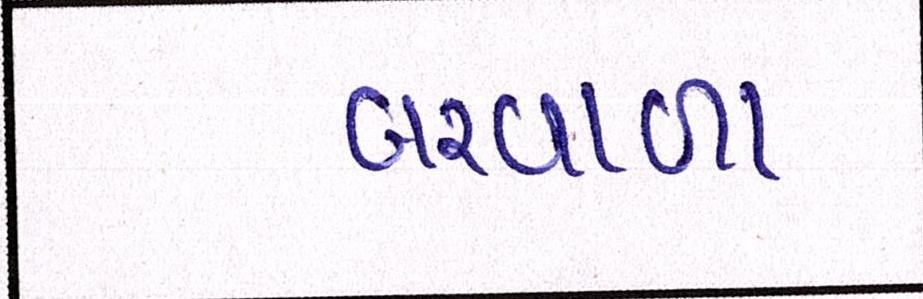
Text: બરવાળા